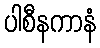
ပါစီနကာနံ